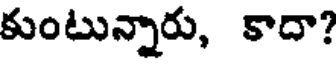
కుంటున్నారు, కాదా?